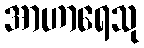
အာဟာရေသု